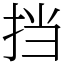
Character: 挡